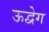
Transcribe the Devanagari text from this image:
ऊद्वेग